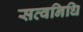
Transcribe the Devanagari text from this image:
सत्वनिधि